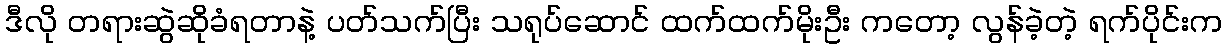
ဒီလို တရားဆွဲဆိုခံရတာနဲ့ ပတ်သက်ပြီး သရုပ်ဆောင် ထက်ထက်မိုးဦး ကတော့ လွန်ခဲ့တဲ့ ရက်ပိုင်းက